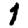
Digit: 1